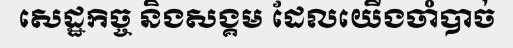
សេដ្ឋកិច្ច និងសង្គម ដែលយើងចាំបាច់